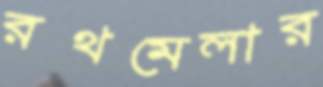
রথমেলার